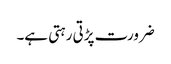
ضرورت پڑتی رہتی ہے۔